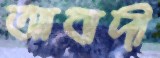
আবাদী